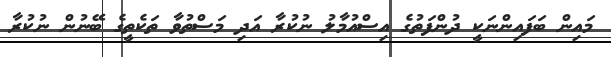
މައިން ބަފައިންނަކީ ދުންފަތުގެ އިސްއުމާލު ނުކުރާ އަދި މަސްތުވާ ތަކެތީގެ ބޭނުން ނުކުރާ